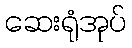
ဆေးရုံအုပ်